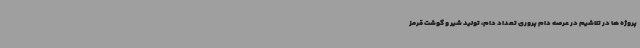
پروژه ها در تلاشیم در عرصه دام پروری تعداد دام، تولید شیر و گوشت قرمز